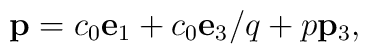
{\bf p}=c_0{\bf e}_1+c_0{\bf e}_3/q+p{\bf p}_3,